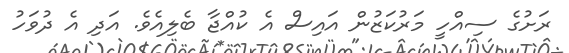
ރަށުގެ ސިއްހީ މަރުކަޒުން އައިސް އެ ކުއްޖާ ބެލިއެވެ. އަދި އެ ދުވަހު